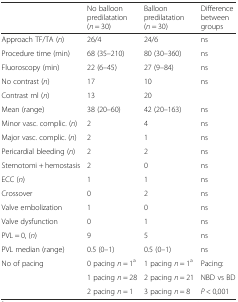
|  | No balloon predilatation (n = 30) | Balloon predilatation (n = 30) | Difference between groups |
 | --- | --- | --- | --- |
 | Approach TF/TA (n) | 26/4 | 24/6 | ns |
 | Procedure time (min) | 68 (35–210) | 80 (30–360) | ns |
 | Fluoroscopy (min) | 22 (6–45) | 27 (9–84) | ns |
 | No contrast (n) | 17 | 10 | ns |
 | Contrast ml (n) | 13 | 20 |  |
 | Mean (range) | 38 (20–60) | 42 (20–163) | ns |
 | Minor vasc. complic. (n) | 2 | 4 | ns |
 | Major vasc. complic. (n) | 2 | 1 | ns |
 | Pericardial bleeding (n) | 2 | 2 | ns |
 | Sternotomi + hemostasis | 2 | 0 | ns |
 | ECC (n) | 1 | 1 | ns |
 | Crossover | 0 | 2 | ns |
 | Valve embolization | 1 | 0 | ns |
 | Valve dysfunction | 0 | 1 | ns |
 | PVL = 0, (n) | 9 | 5 | ns |
 | PVL median (range) | 0.5 (0–1) | 0.5 (0–1) | ns |
 | <ROWSPAN=3> No of pacing | 0 pacing n = 1a | 1 pacing n = 1a | Pacing: |
 | 1 pacing n = 28 | 2 pacing n = 21 | NBD vs BD |
 | 2 pacing n = 1 | 3 pacing n = 8 | P < 0,001 |